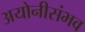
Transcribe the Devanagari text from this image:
अयोनीसंभव